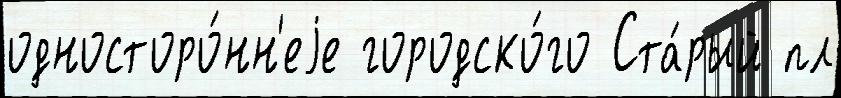
односторо́нн'еjе городско́го Ста́рый пл